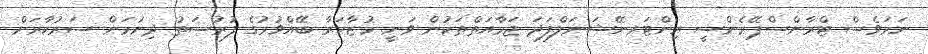
ނަމަވެސް ޓްރާންސްޕޭރެންސީ އިންޓަރނޭޝަނަލްފަދަ ޖަމާއަތްތަކުން ވަނީ މުޒާހަރާ ބޭއްވުމުގެ ފުރުސަތު ދިނުމަށް ސަރުކާރަށް